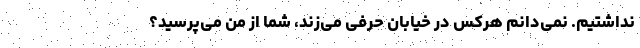
نداشتیم. نمی‌دانم هرکس در خیابان حرفی می‌زند، شما از من می‌پرسید؟